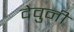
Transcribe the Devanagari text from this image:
देवुनी